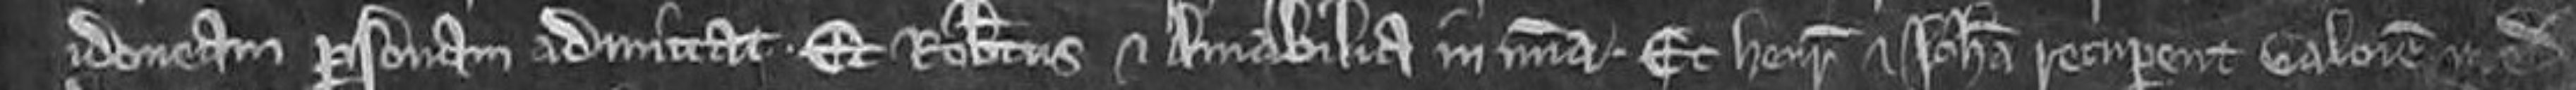
idoneam personam admittat. Et Robertus et Amabilia in misericordia. Et Henricus et Johanna recuperent valorem medietatis